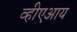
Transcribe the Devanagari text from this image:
व्हीएआय